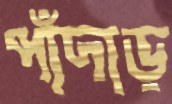
পাঁদাড়